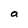
Character: a